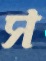
স